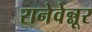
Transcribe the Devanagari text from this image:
रानेवेन्नूर